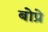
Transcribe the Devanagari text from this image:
बोप्रे